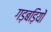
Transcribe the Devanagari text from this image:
गड़बड़ियों